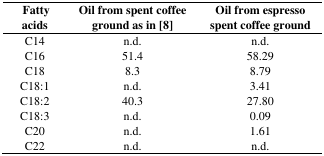
| Fatty acids | Oil from spent coffee ground as in [8] | Oil from espresso spent coffee ground |
 | --- | --- | --- |
 | C14 | n.d. | n.d. |
 | C16 | 51.4 | 58.29 |
 | C18 | 8.3 | 8.79 |
 | C18:1 | n.d. | 3.41 |
 | C18:2 | 40.3 | 27.80 |
 | C18:3 | n.d. | 0.09 |
 | C20 | n.d. | 1.61 |
 | C22 | n.d. | n.d. |